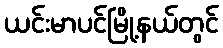
ယင်းမာပင်မြို့နယ်တွင်